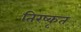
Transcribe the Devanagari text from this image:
तिरष्कृत